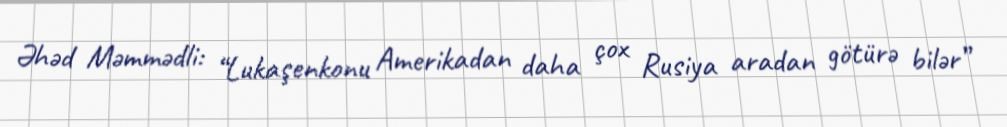
Əhəd Məmmədli: “Lukaşenkonu Amerikadan daha çox Rusiya aradan götürə bilər”